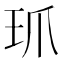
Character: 𤣺